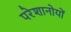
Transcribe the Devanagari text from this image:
परेशानोयों